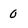
Character: 0